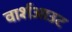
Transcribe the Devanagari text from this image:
वार्शआउट